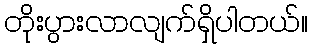
တိုးပွားလာလျက်ရှိပါတယ်။